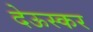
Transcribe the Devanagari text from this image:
देऊस्कर